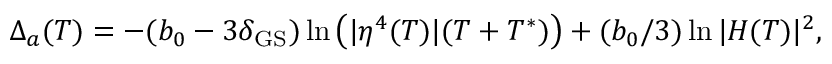
\Delta _ { a } ( T ) = - ( b _ { 0 } - 3 \delta _ { \mathrm { G S } } ) \ln \left( | \eta ^ { 4 } ( T ) | ( T + T ^ { * } ) \right) + ( b _ { 0 } / 3 ) \ln | H ( T ) | ^ { 2 } ,